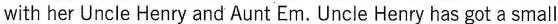
with her Uncle Henry and Aunt Em. Uncle Henry has got a small